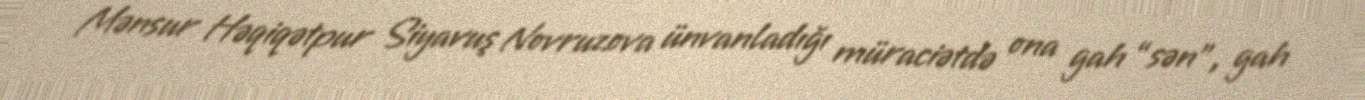
Mənsur Həqiqətpur Siyavuş Novruzova ünvanladığı müraciətdə ona gah “sən”, gah